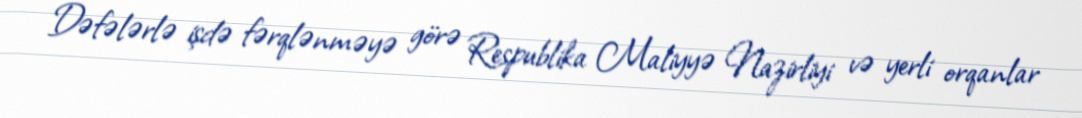
Dəfələrlə işdə fərqlənməyə görə Respublika Maliyyə Nazirliyi və yerli orqanlar